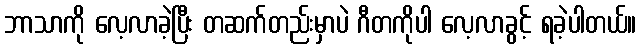
ဘာသာကို လေ့လာခဲ့ပြီး တဆက်တည်းမှာပဲ ဂီတကိုပါ လေ့လာခွင့် ရခဲ့ပါတယ်။